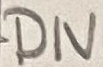
Text: DIV